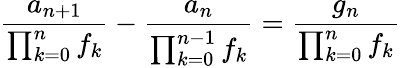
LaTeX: {\frac{a_{n+1}}{\prod_{k=0}^{n}f_{k}}}-{\frac{a_{n}}{\prod_{k=0}^{n-1}f_{k}}}={\frac{g_{n}}{\prod_{k=0}^{n}f_{k}}}